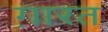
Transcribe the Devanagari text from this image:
ग़ारत